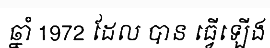
ឆ្នាំ 1972 ដែល បាន ធ្វើឡើង